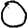
Digit: 0